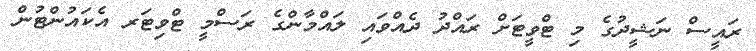
ރައީސް ނަޝީދުގެ މި ޓްވީޓަށް ރައްދު ދެއްވައި ލައްމާންގެ ރަސްމީ ޓްވިޓަރ އެކައުންޓުން